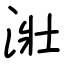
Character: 𣴣